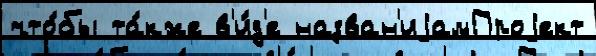
что́бы та́кже в'и́д'е назван'иjамПроjект